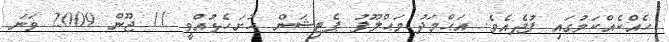
ހެއްކެއްކަމުގައި ފުދެއެވެ. އަޙްމަދު މަޙްލޫފު ޕެޓިޝަން ހުށަހެޅުއްވީ 11 ޖޫން 2009 ވަނަ